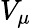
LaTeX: V_{\mu}